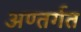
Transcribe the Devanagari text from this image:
अण्तर्गत